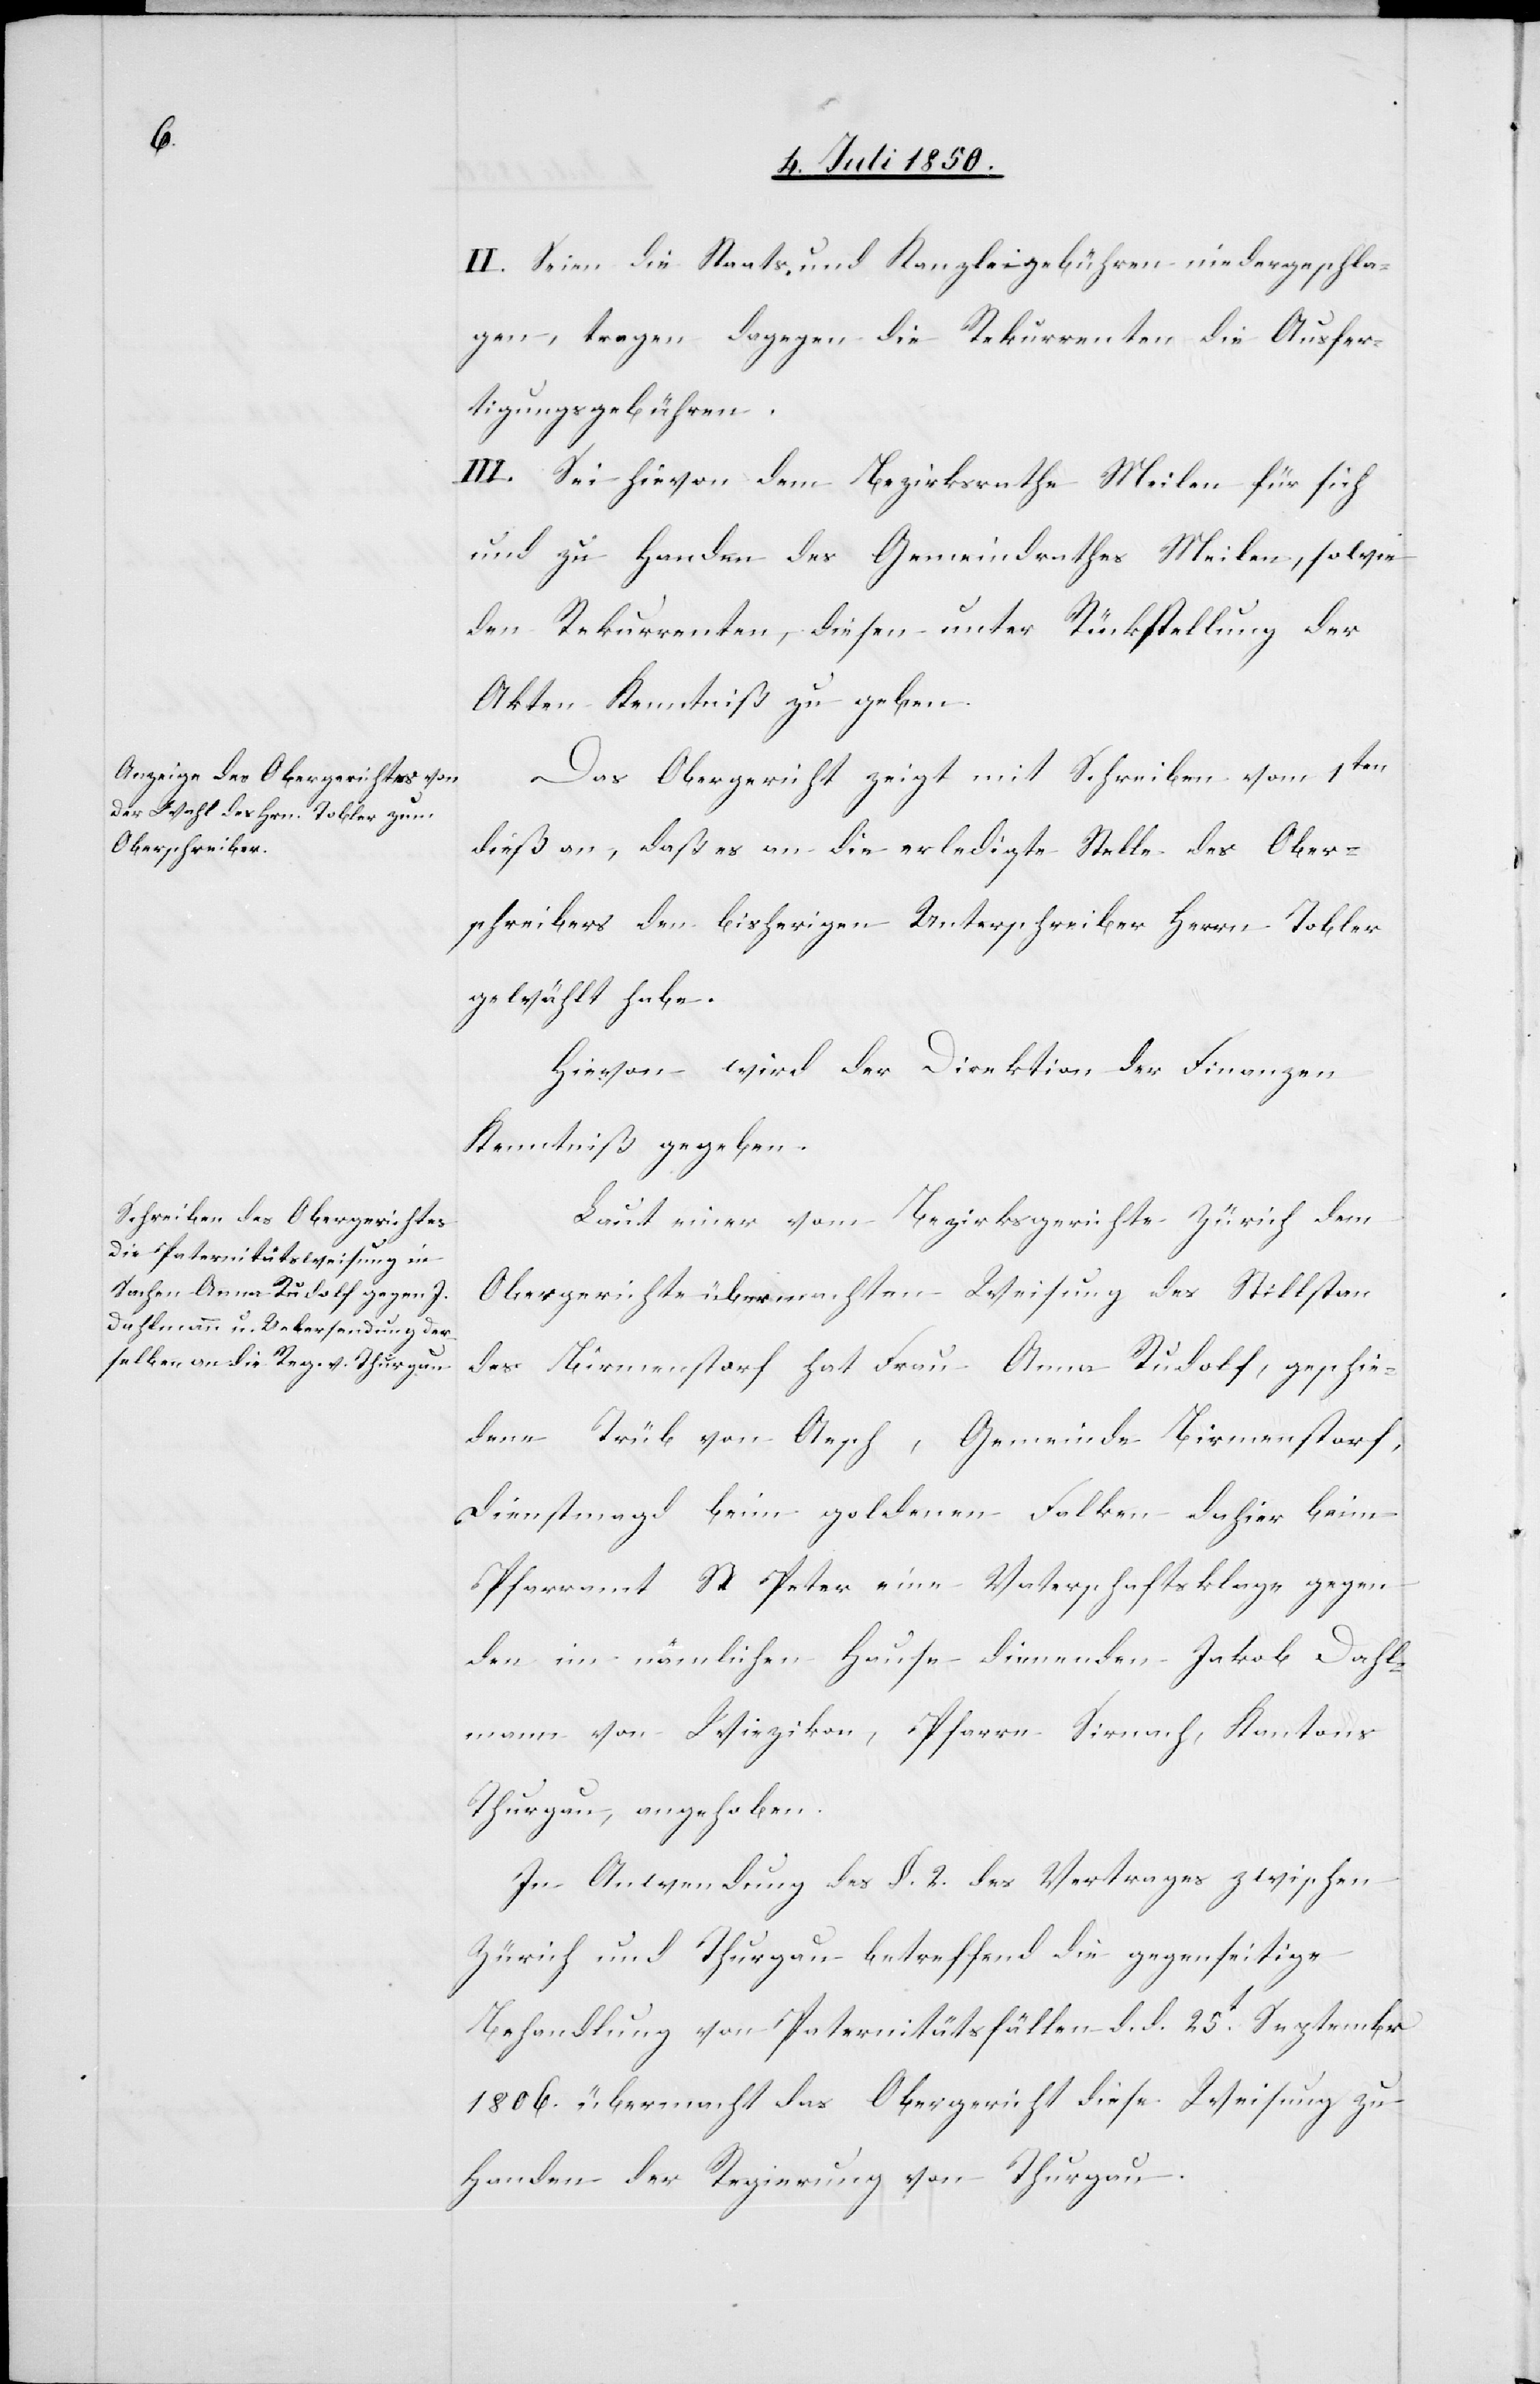
II. Seien die Staats- und Kanzleigebühren niedergeschla¬
gen, tragen dagegen die Rekurrenten die Ausfer¬
tigungsgebühren.
III. Sei hievon dem Bezirksrathe Meilen für sich
und zu Handen des Gemeindrathes Meilen, sowie
den Rekurrenten, diesen unter Rückstellung der
Akten Kenntniß zu geben.
Das Obergericht zeigt mit Schreiben vom 1ten
dieß an, daß es an die erledigte Stelle des Ober¬
schreibers den bisherigen Unterschreiber Herrn Tobler
gewählt habe.
Hievon wird der Direktion der Finanzen
Kenntniß gegeben.
Laut einer vom Bezirksgerichte Zürich dem
Obergerichte übermachten Weisung des Stillstan¬
des Birmenstorf hat Frau Anna Rudolf, geschie¬
dene Trüb von Aesch, Gemeinde Birmenstorf,
Dienstmagd beim goldenen Falken dahier beim
Pfarramt St Peter eine Vaterschaftsklage gegen
den im nämlichen Hause dienenden Jakob Dahl¬
mann von Wiezikon, Pfarre Sirnach, Kantons
Thurgau, angehoben.
In Anwendung des §. 2. des Vertrages zwischen
Zürich und Thurgau betreffend die gegenseitige
Behandlung von Paternitätsfällen d. d. 25t September
1806. übermacht das Obergericht diese Weisung zu
Handen der Regierung von Thurgau.